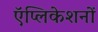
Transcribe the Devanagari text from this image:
ऍप्लिकेशनों